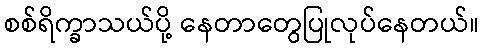
စစ်ရိက္ခာသယ်ပို့ နေတာတွေပြုလုပ်နေတယ်။